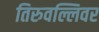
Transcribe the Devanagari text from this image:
तिरुवल्लिवर